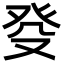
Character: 癹